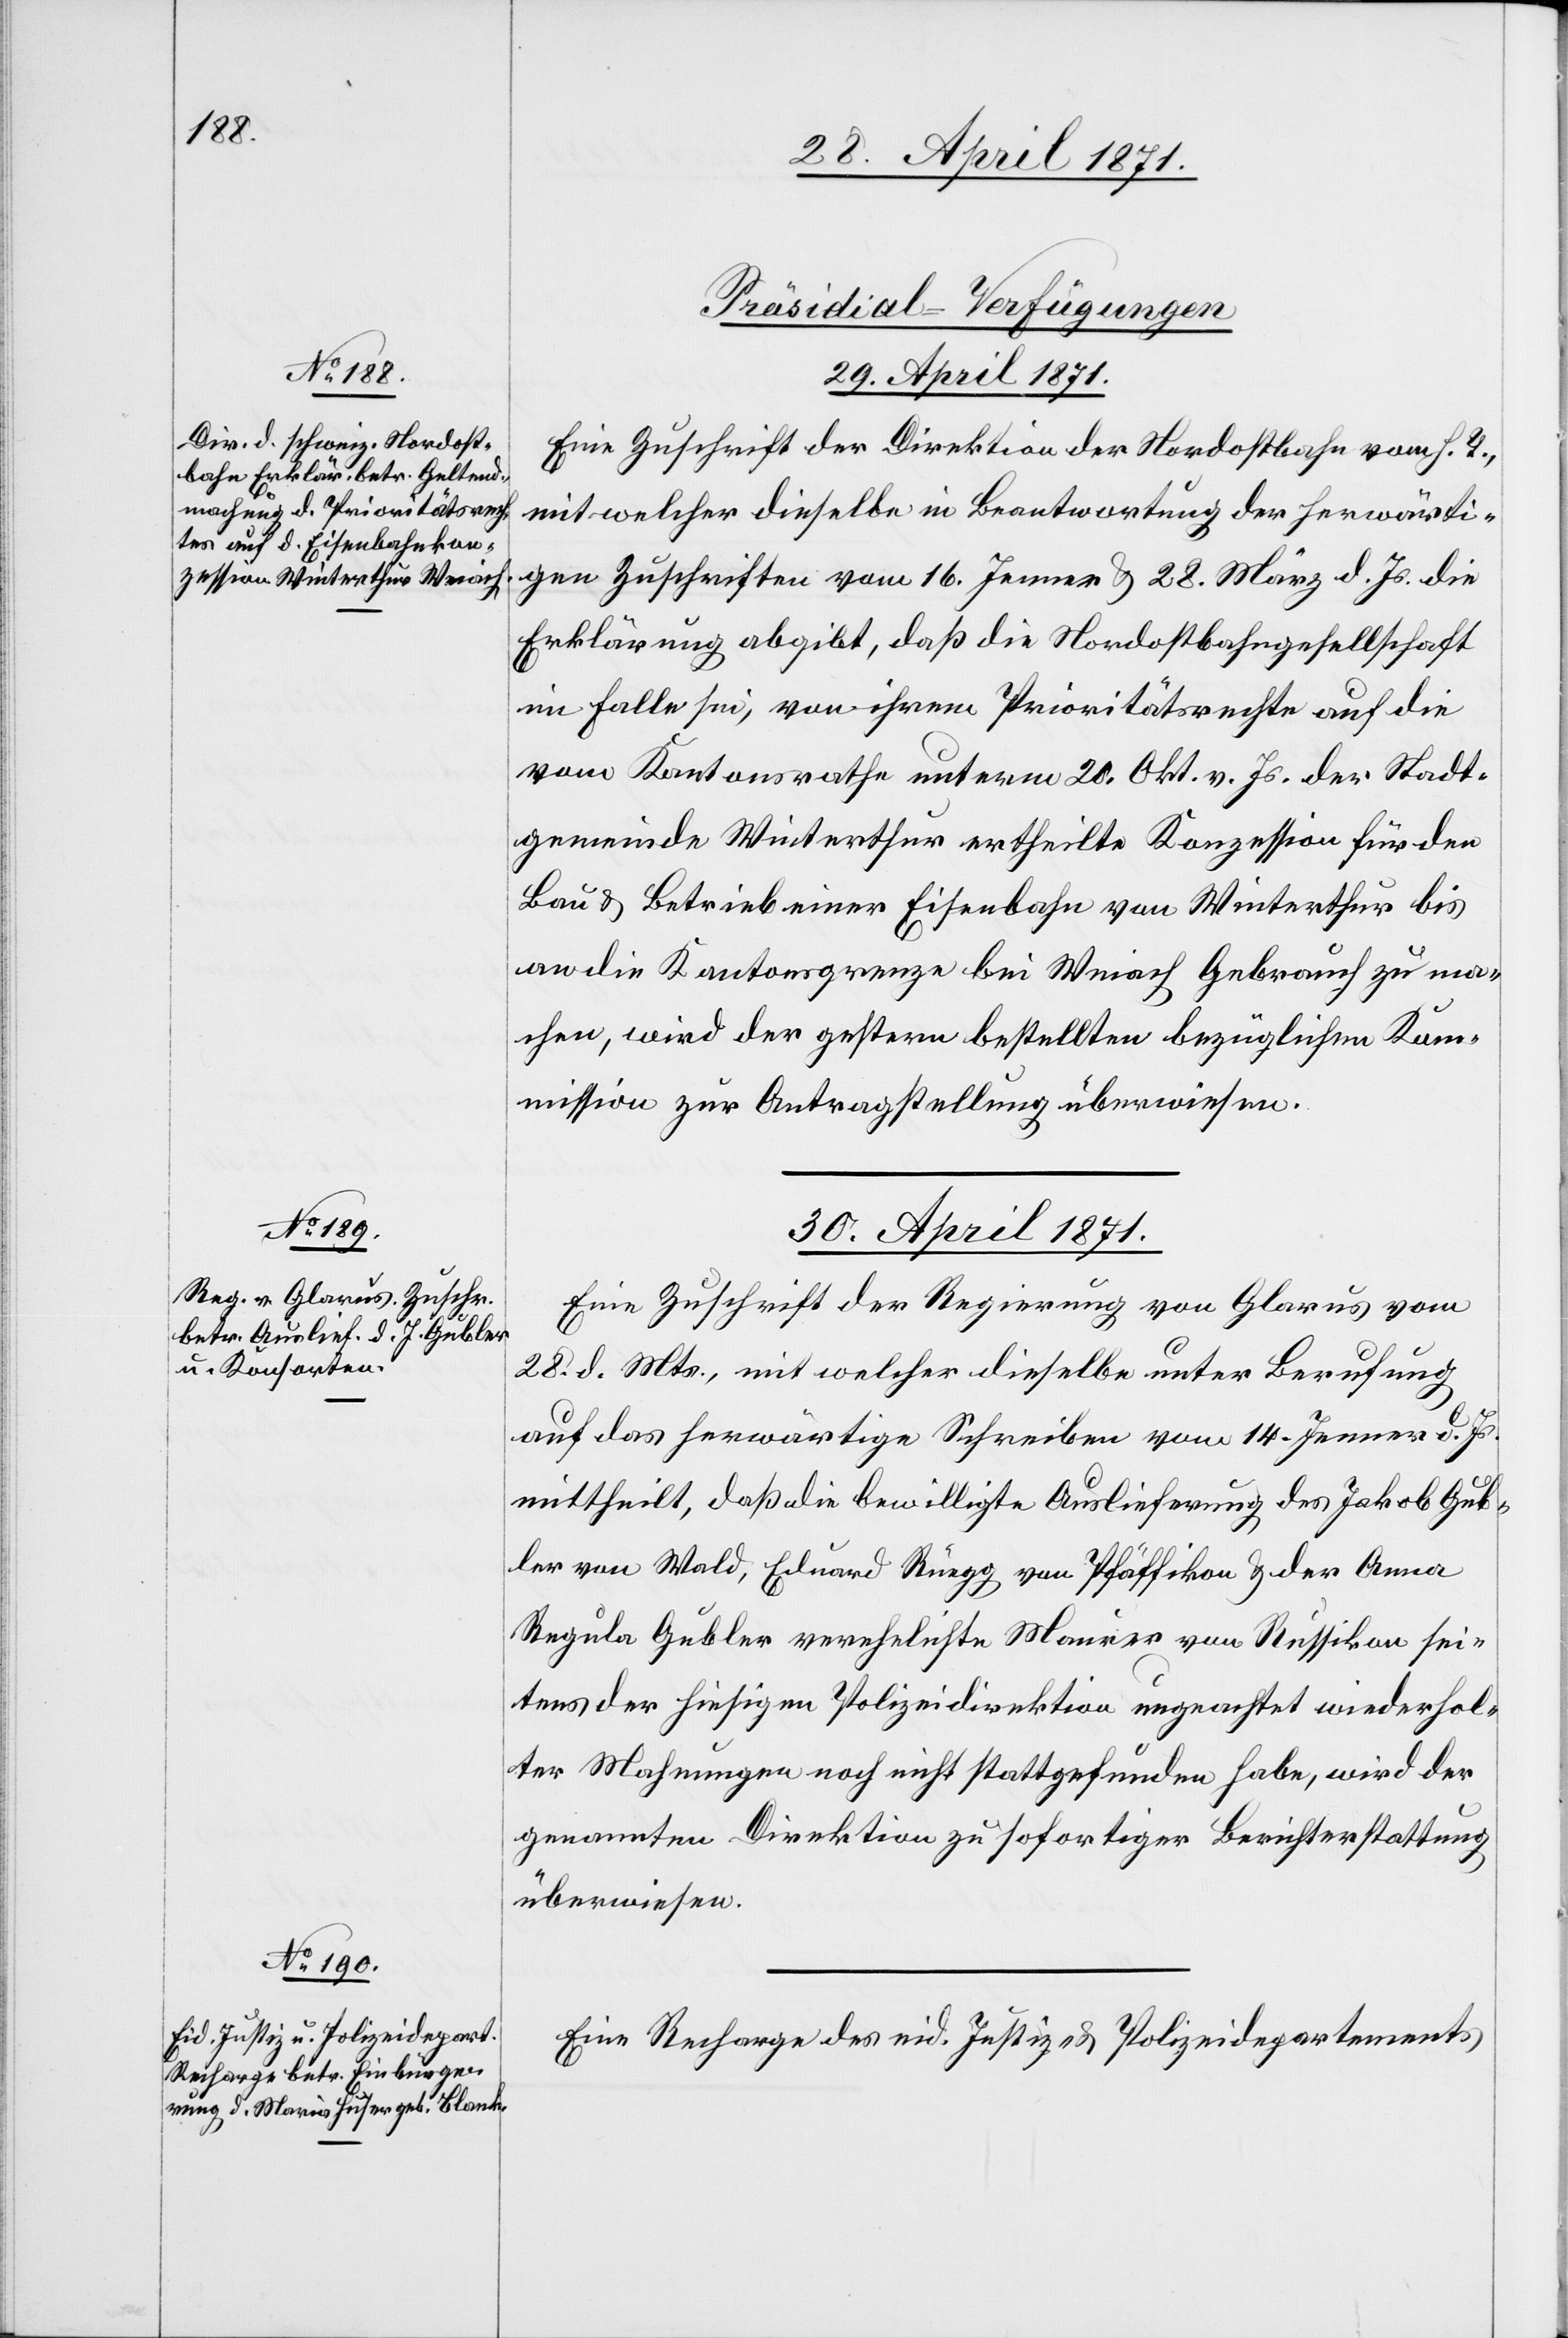
[Präsidial-Verfügungen
29. April 1871.
Eine Zuschrift der Direktion der Nordostbahn vom h. T.,
mit welcher dieselbe in Beantwortung der herwärti¬
gen Zuschriften vom 16. Jenner u. 28. März d. Js. die
Erklärung abgibt, daß die Nordostbahngesellschaft
im Falle sei, von ihrem Prioritätsrecht auf die
vom Kantonsrathe unterm 20. Okt. v. Js. der Stadt¬
gemeinde Winterthur ertheilte Konzession für den
Bau u. Betrieb einer Eisenbahn von Winterthur bis
an die Kantonsgrenze bei Weiach Gebrauch zu ma¬
chen, wird der gestern bestellten bezüglichen Ko¬
mmission zur Antragstellung überwiesen.
30. April 1871.]
Eine Zuschrift der Regierung von Glarus vom
28. d. Mts., mit welcher dieselbe unter Berufung
auf das herwärtige Schreiben vom 14. Jenner d. Js.
mittheilt, daß die bewilligte Auslieferung des Jakob Gub¬
ler von Wald, Eduard Rüegg von Pfäffikon u. der Anna
Regula Gubler verehelichte Maurer von Russikon sei¬
tens der hiesigen Polizeidirektion ungeachtet widerhol¬
ter Mahnungen noch nicht stattgefunden habe, wird der
genannten Direktion zur sofortigen Berichterstattung
überwiesen.
Eine Recharge des eid. Justiz- u. Polizeidepartements